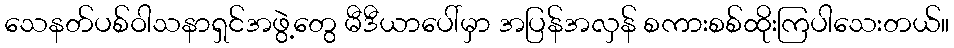
သေနတ်ပစ်ဝါသနာရှင်အဖွဲ့တွေ မီဒီယာပေါ်မှာ အပြန်အလှန် စကားစစ်ထိုးကြပါသေးတယ်။